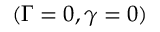
( \Gamma = 0 , \gamma = 0 )